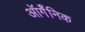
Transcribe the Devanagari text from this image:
ऑर्गॅनिक